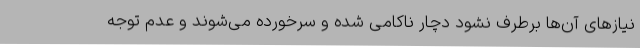
نیازهای آن‌ها برطرف نشود دچار ناکامی شده و سرخورده می‌شوند و عدم توجه